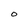
Character: O